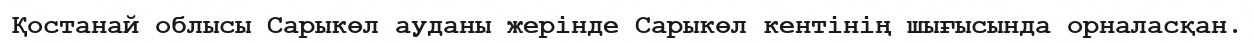
Қостанай облысы Сарыкөл ауданы жерінде Сарыкөл кентінің шығысында орналасқан.